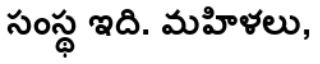
సంస్థ ఇది. మహిళలు,